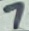
Text: 7